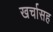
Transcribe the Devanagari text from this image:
खर्चासह